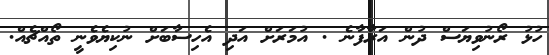
ހުޅު ރޯނުވިޔަސް ދުން އަރާފާނެ . އުމަރަށް އަދި އެހިސާބަށް ނުކިޔެވެނީ ތޯއްޗެއް.